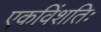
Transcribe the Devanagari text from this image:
एकविंशतिः